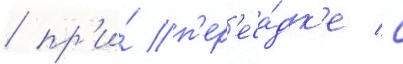
/ пр'и́ п'ер'еса́дк'е с